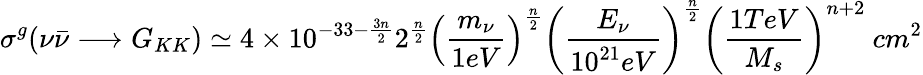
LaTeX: \sigma^{g}(\nu\bar{\nu}\longrightarrow G_{KK})\simeq 4\times 10^{-33-\frac{3n}{2}}2^{\frac{n}{2}}\left(\frac{{m_{\nu}}}{1eV}\right)^{\frac{n}{2}}\left(\frac{E_{\nu}}{10^{21}eV}\right)^{\frac{n}{2}}\left(\frac{1TeV}{{M_{s}}}\right)^{n+2}~cm^{2}